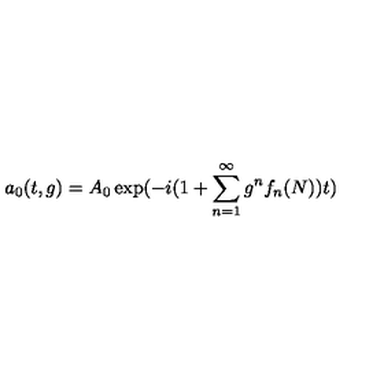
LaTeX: a _ { 0 } ( t , g ) = A _ { 0 } \exp ( - i ( 1 + \sum _ { n = 1 } ^ { \infty } g ^ { n } f _ { n } ( N ) ) t )